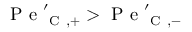
\mathrm { ~ P ~ e ~ } _ { \mathrm { ~ C ~ } , + } ^ { \prime } > \mathrm { ~ P ~ e ~ } _ { \mathrm { ~ C ~ } , - } ^ { \prime }